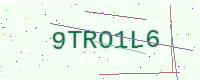
Text: 9TRO1L6